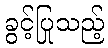
ခွင့်ပြုသည့်